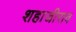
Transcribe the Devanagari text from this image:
शहाजीराव